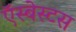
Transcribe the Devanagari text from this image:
ऍस्बेस्टस